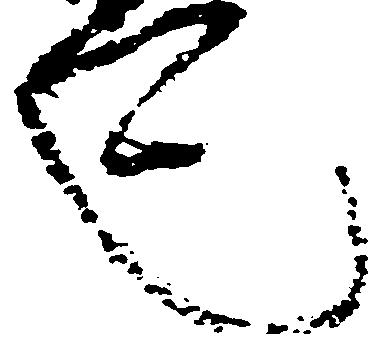
也